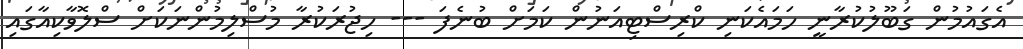
އެގައުމުން ގަބޫލުކުރާނީ ހަމައެކަނި ކްރިސްޓިއަނުން ކަމަށް ބުނެފަ --- ހިޖުރަކުރާ މުސްލިމުންނަކަށް ސްލޮވާކިއާގައި